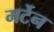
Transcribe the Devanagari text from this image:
मर्टेन